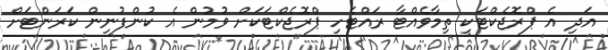
އަދި އެ ޕްރޮޖެކްޓަކީ ތިމާވެއްޓާ ރައްޓެހި ޕްރޮޖެކްޓަކަށް ވުމުން އެ ކުންފުނިން ކަރަންޓަށް